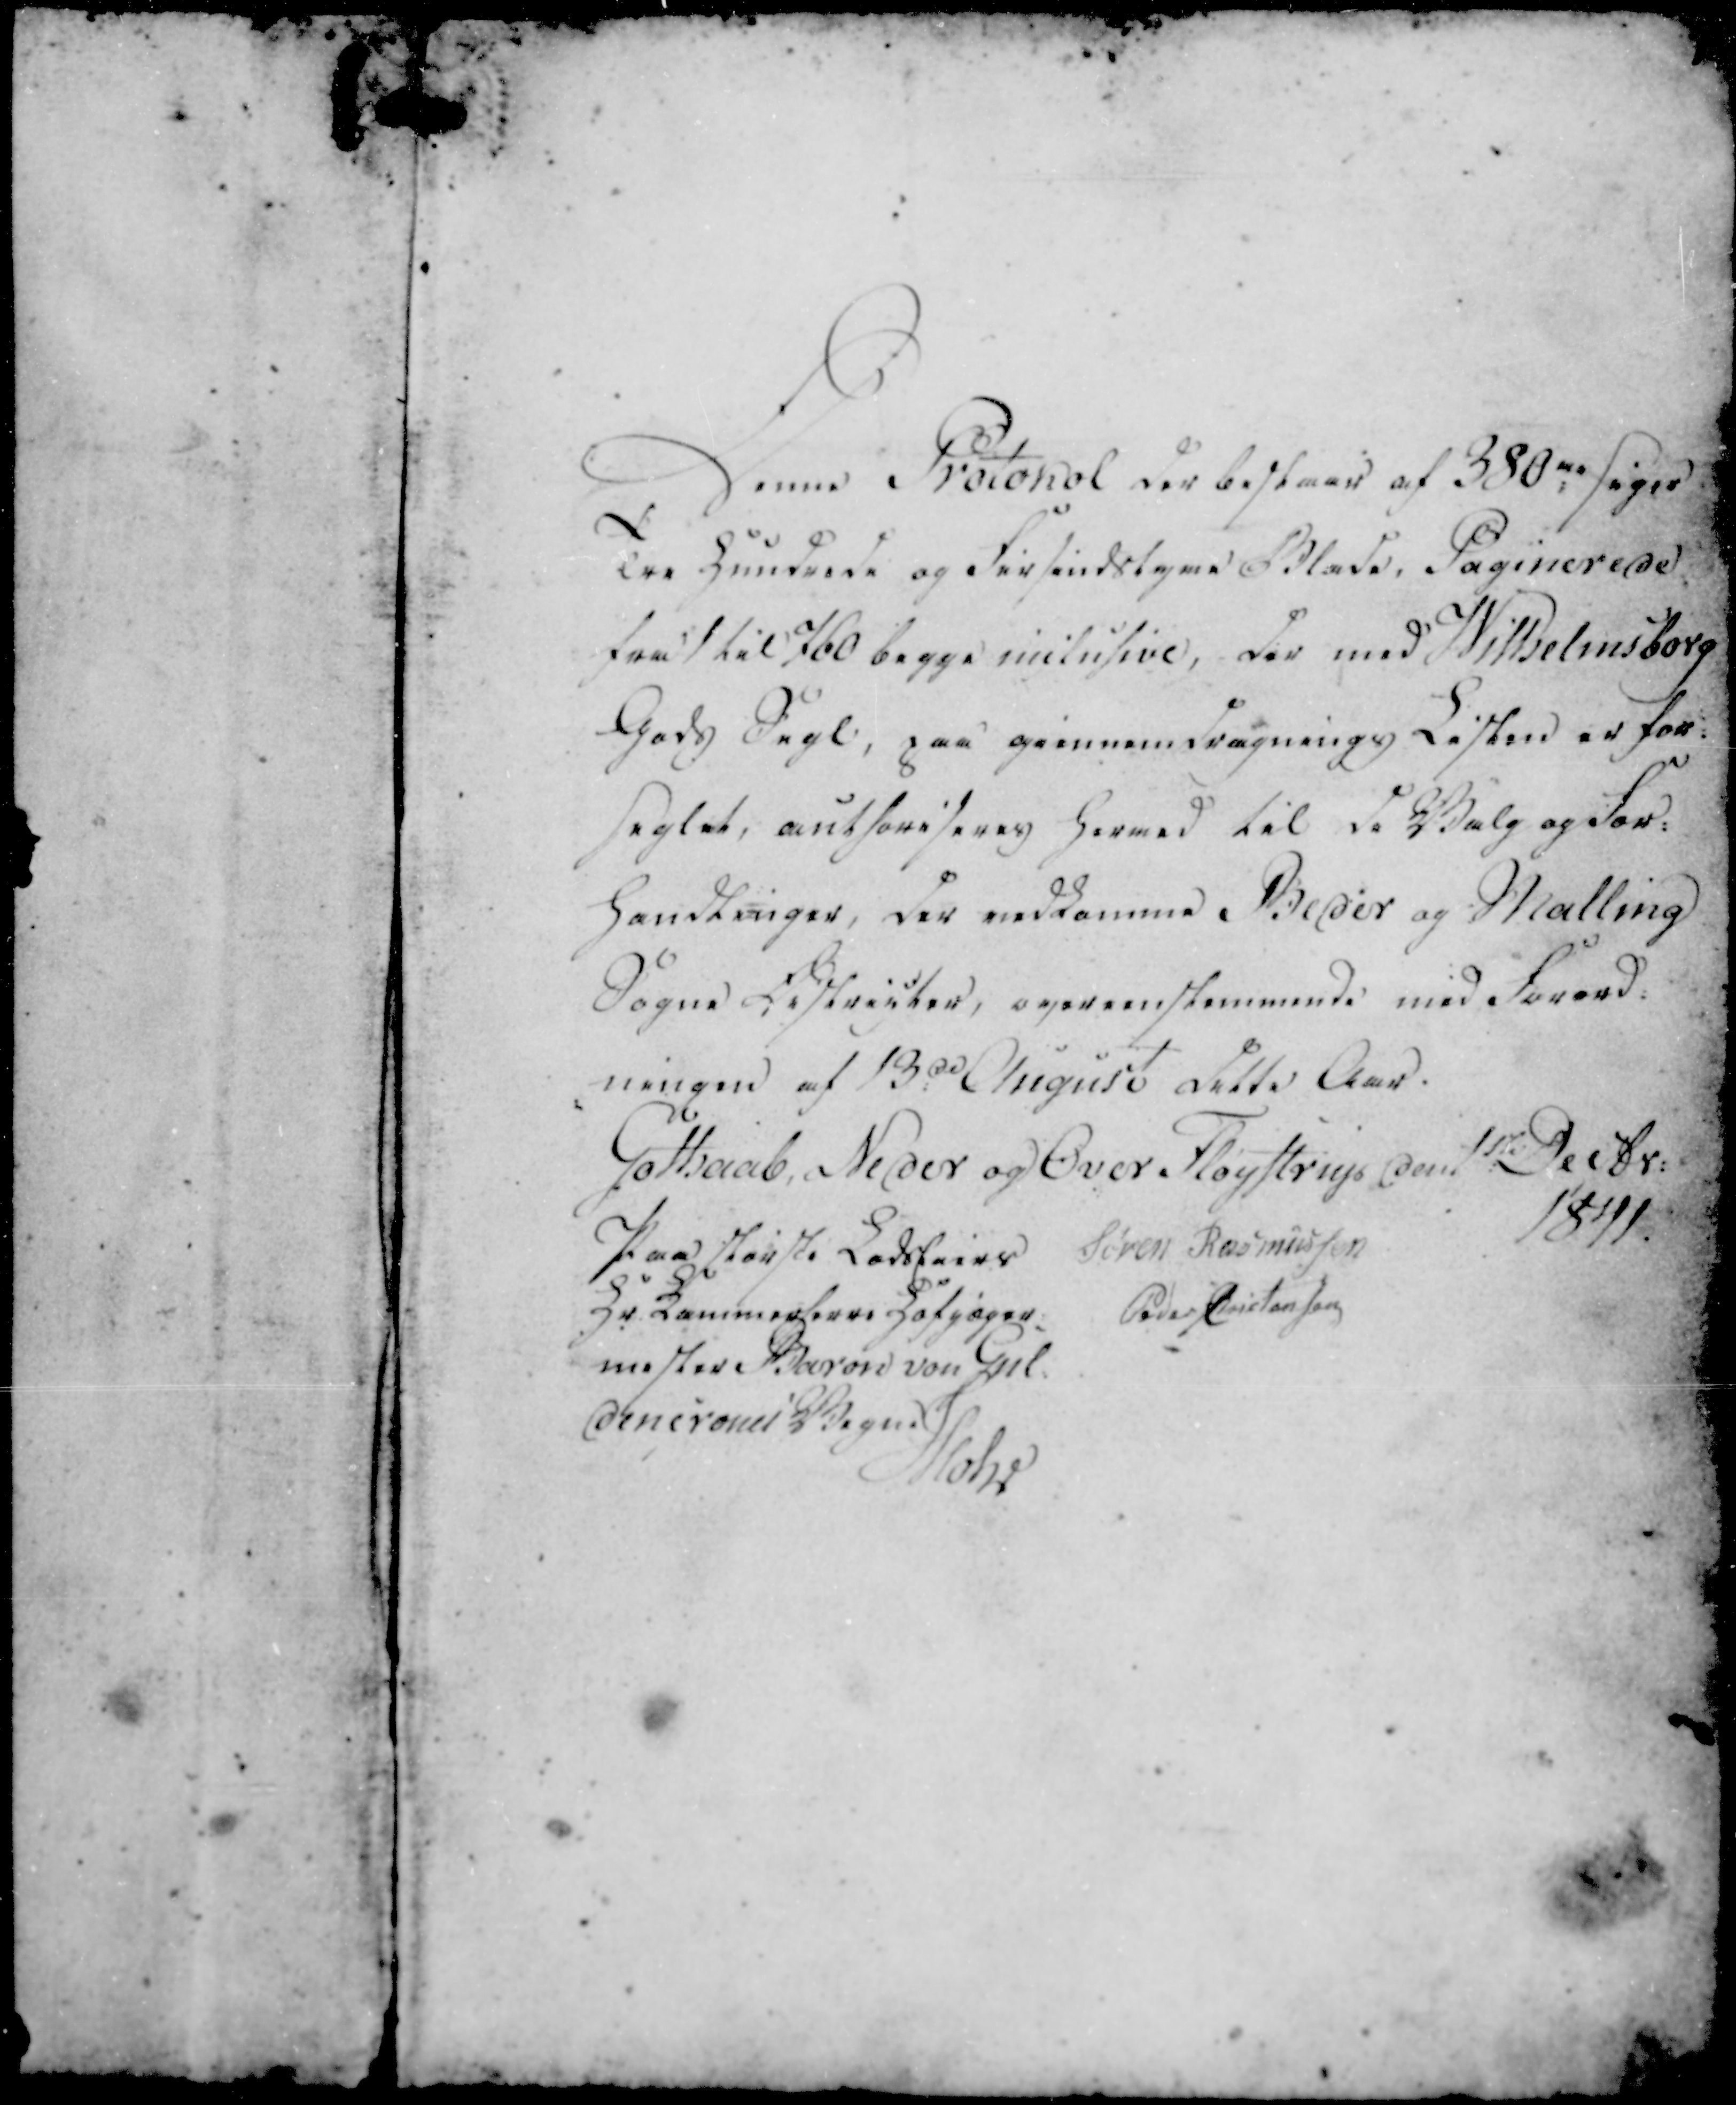
Transskription:
Denne Protokol der bestaar af 380ne sager
Tre Hundrede og Firsendstyve Blade, Paginerede
samt til 760 begge inclusive, der med Wilhelmsborg 
Gods Segl, paa giennemdragnings Listen er for-
seglet, authoriseres hermed til de Valg og For-
handlinger, der vedkomme Beder og Malling
Sogne Districter, overenstemmende med Forord-
ningen af 13de August dette Aar.

Gothaab, Neder og Over Fløystrup den 1ste Decbr:
1841.
Paa største Lodseiers
Søren Rasmussen
Hr Kammerherre Hofjæger
Mester Baron von Gul
Dencrones Vegne
Peder Christensen
Mohr